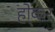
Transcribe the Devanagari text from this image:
हो्कर